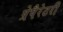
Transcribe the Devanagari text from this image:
प्रेपैरेटरी